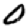
Digit: 0